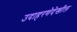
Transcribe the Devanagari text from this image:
उदाहरणेदेखील